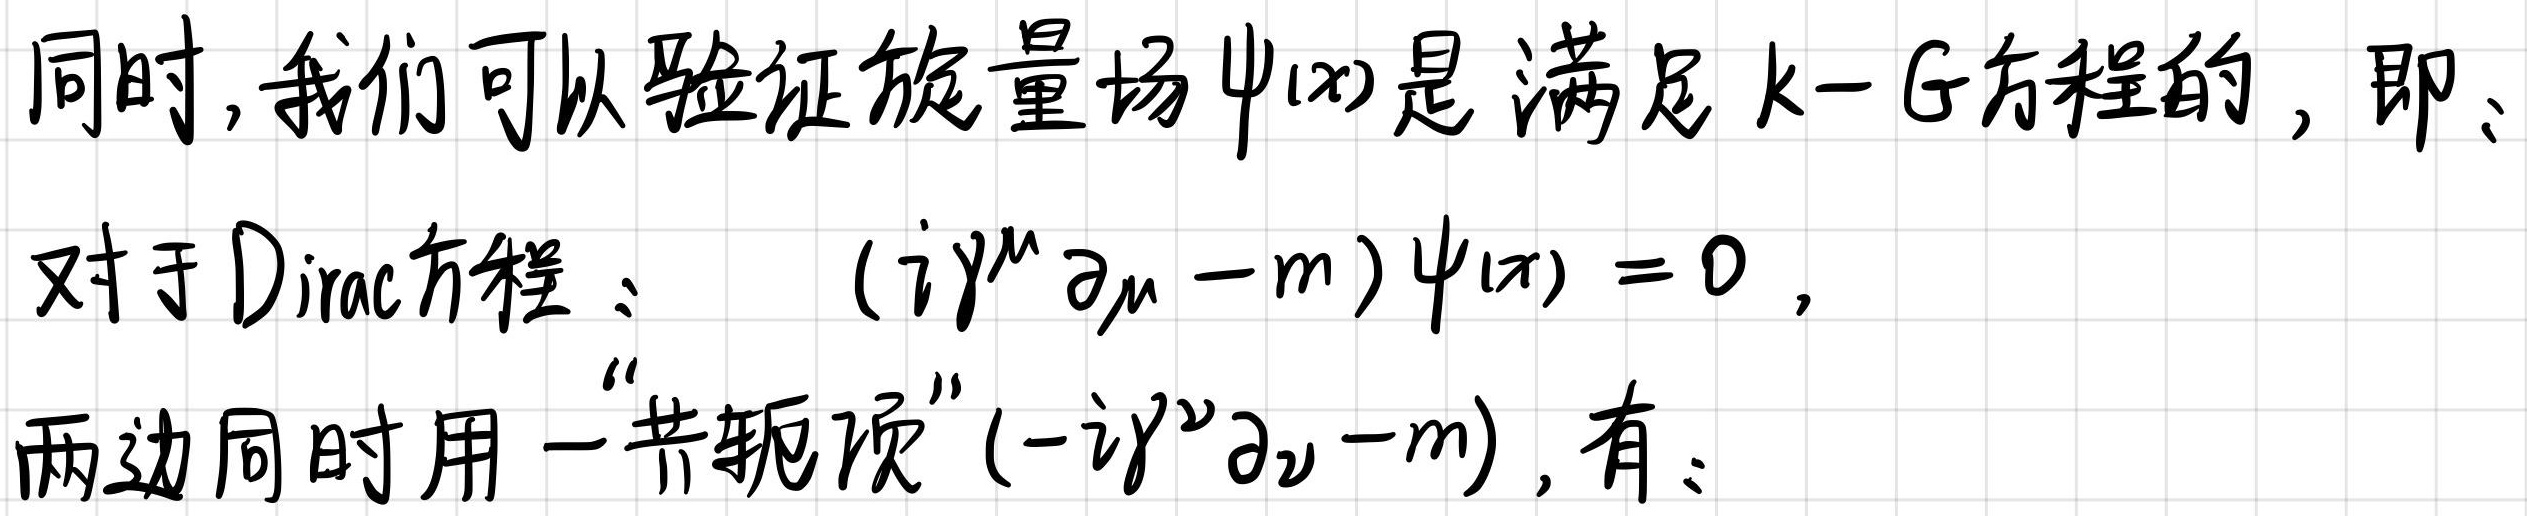
同时,我们可以验证旋量场$\psi(x)$是满足$k - G$方程的,即:
对于Dirac方程: \((i\gamma^{\mu}\partial_{\mu}-m)\psi(x)=0\),
两边同时用一“共轭项”\((-i\gamma^{\nu}\partial_{\nu}-m)\),有: